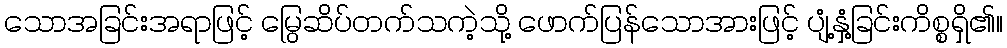
သောအခြင်းအရာဖြင့် မြွေဆိပ်တက်သကဲ့သို့ ဖောက်ပြန်သောအားဖြင့် ပျံ့နှံ့ခြင်းကိစ္စရှိ၏။